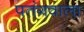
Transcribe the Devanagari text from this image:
पतंगवाला